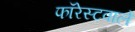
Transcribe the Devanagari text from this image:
फॉरेस्टवाले